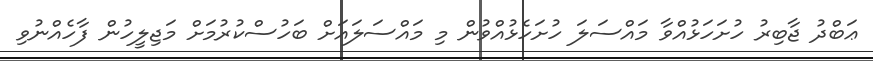
ޢަބްދު ޖާބިރު ހުށަހަޅުއްވާ މައްސަލަ ހުށަހެޅުއްވުން މި މައްސަލައަށް ބަހުސްކުރުމަށް މަޖިލީހުން ފާހެއްނުވި